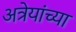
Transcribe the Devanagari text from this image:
अत्रेयांच्या